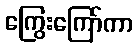
ကြွေးကြော်ကာ